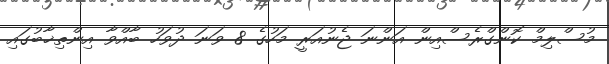
މުސްލިމް ކޮންގްރެސްއިން އަންނަ ޖެނުއަރީ މަހުގެ 8 ވަނަ ދުވަހު ބާއްވާ އިންތިޚާބުގައި